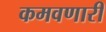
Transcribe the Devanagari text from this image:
कमवणारी